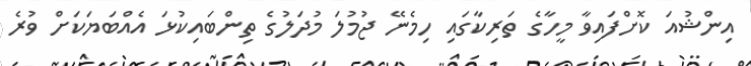
އިންޝުއަ ކޮށްފައިވާ މީހާގެ ތަރިކާގައި ހިމެނޭ ޖުމުލަ މުދަލުގެ ތިންބައިކުޅަ އެއްބަޔަކަށް ވުރެ